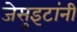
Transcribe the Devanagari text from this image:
जेसुइटांनी